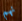
نهم